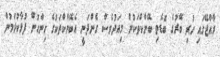
ރާއްޖޭގައި ހުރި ބޭރުގެ ބޮޑެތި ބޭންކްތަކުން މިއަދުވެސް ގެންދަނީ އެބޭންކްތަކުގެ ހިންގުން ފުޅާކުރަމުން